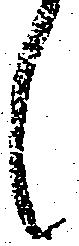
候